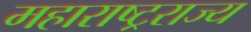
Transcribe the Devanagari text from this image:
महाराष्ट्रराज्य